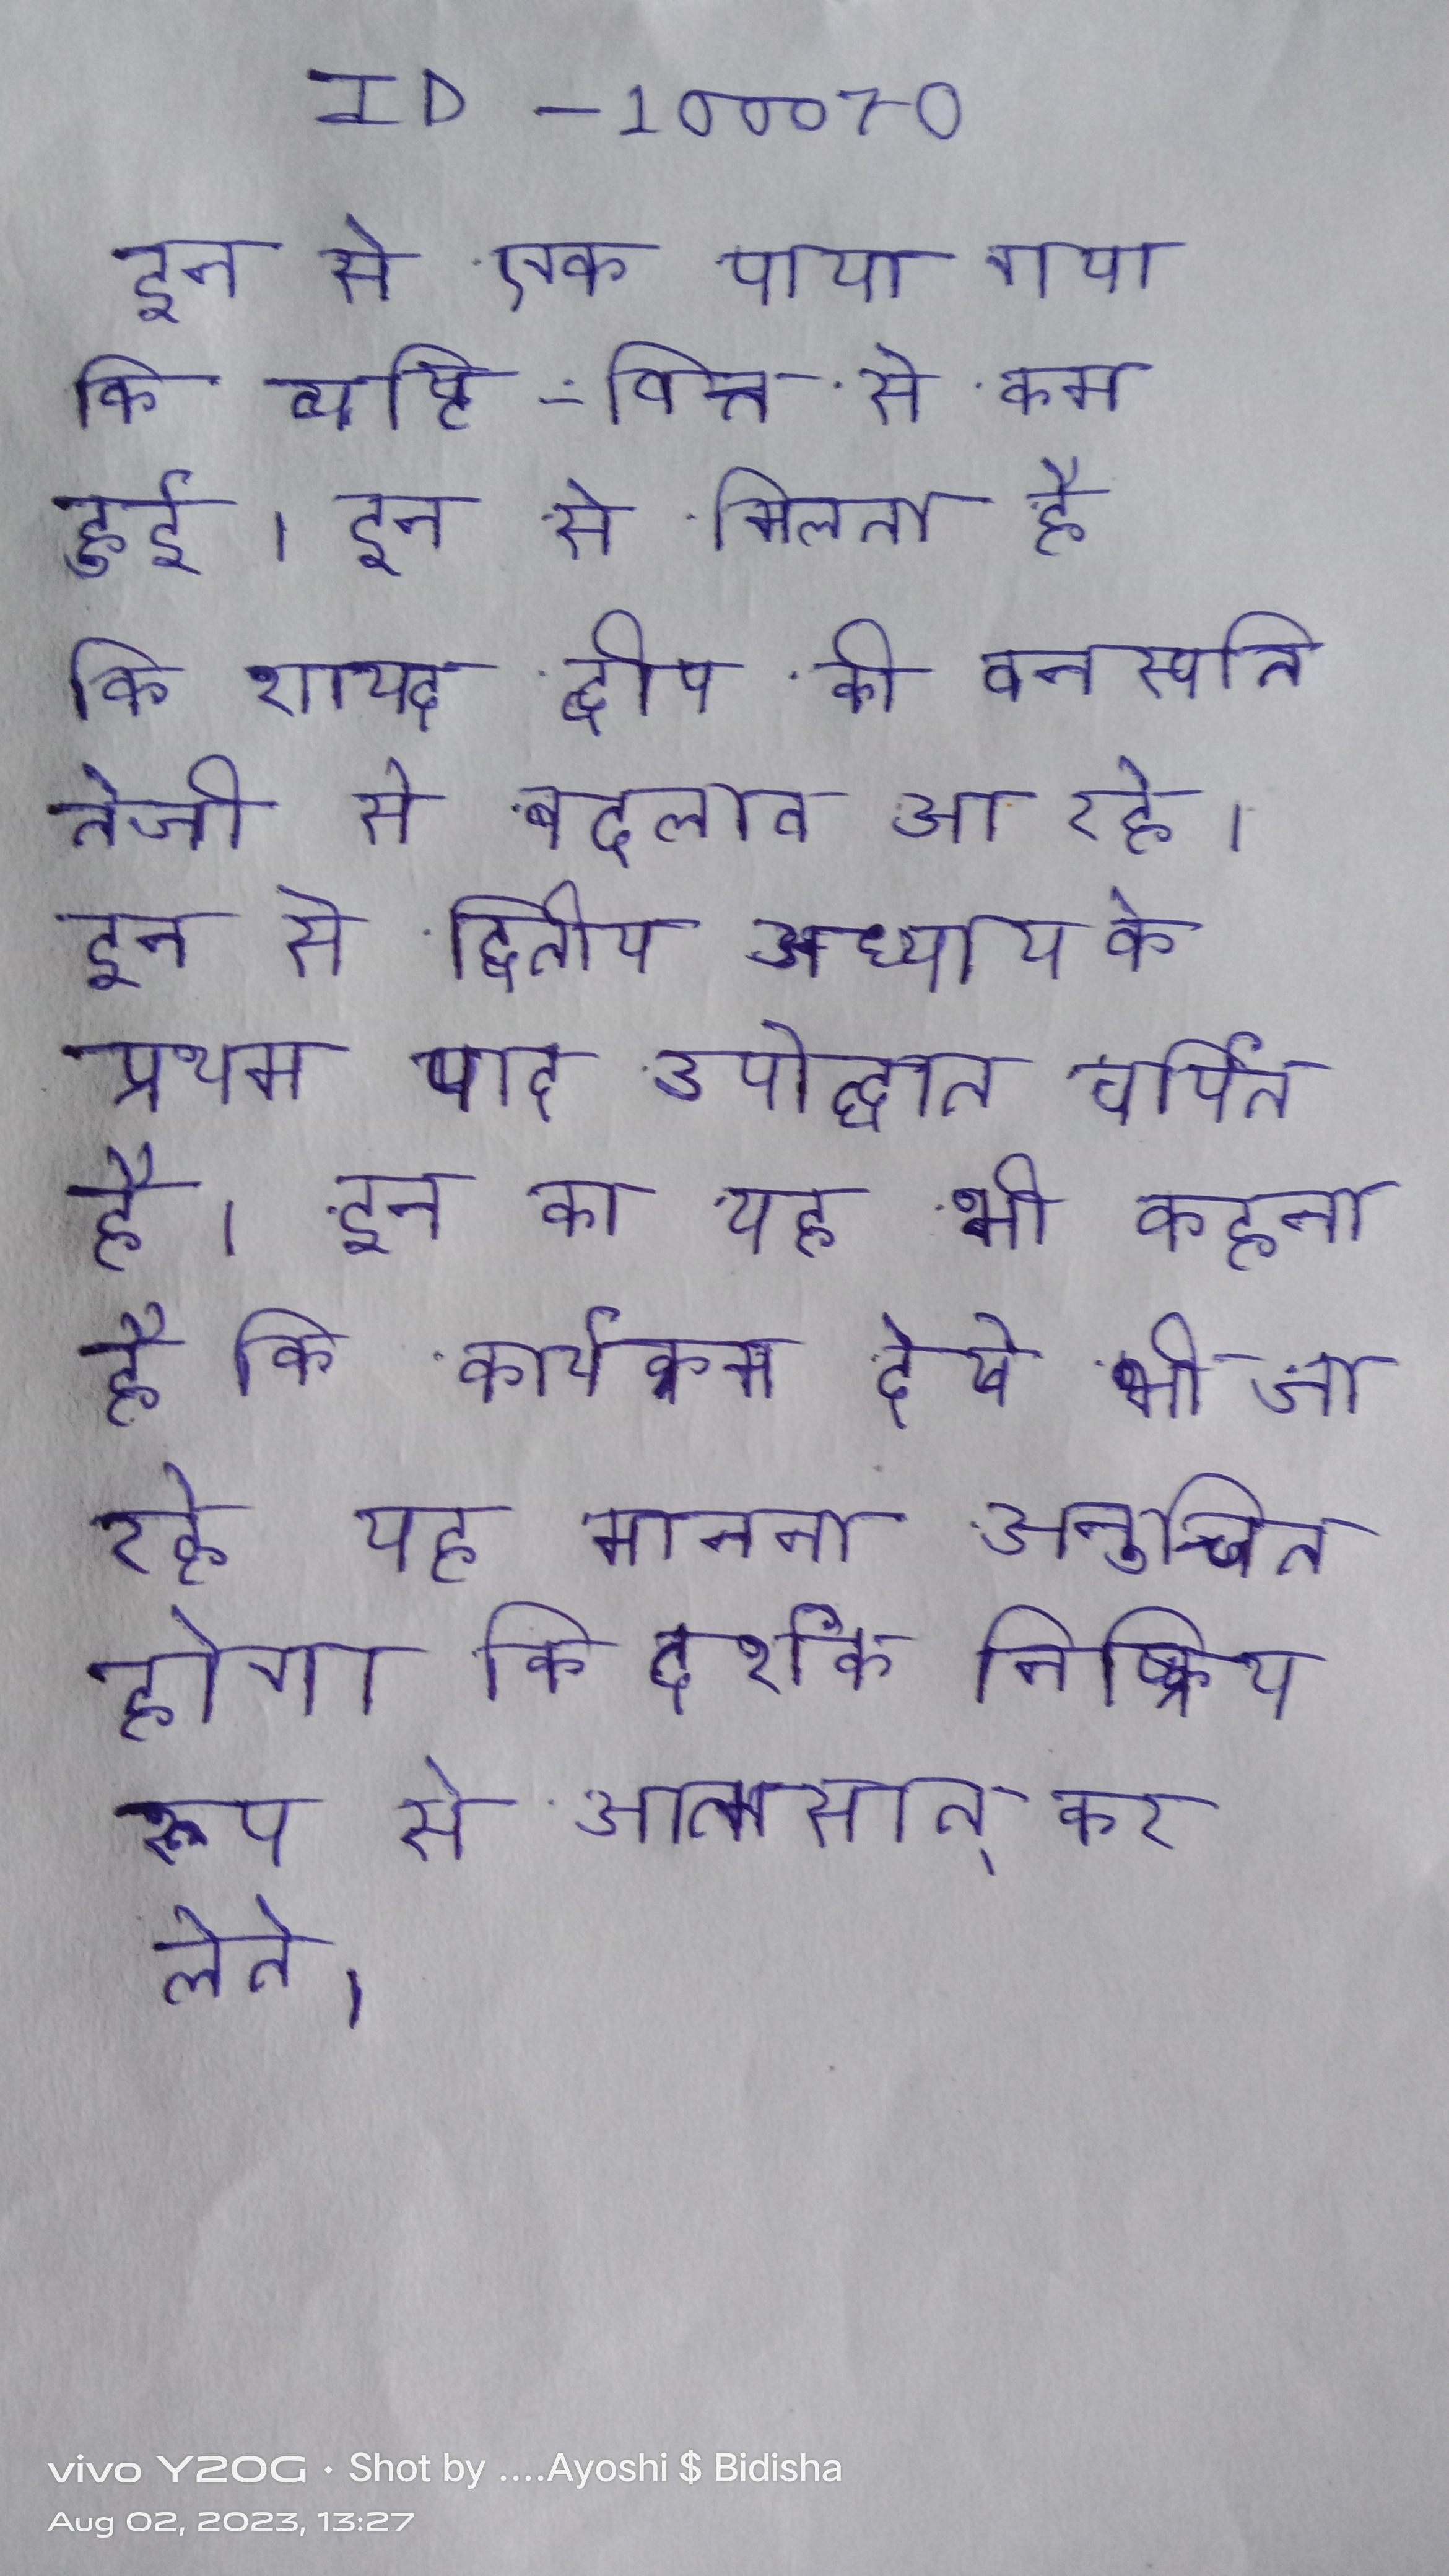
इन से एक पाया गया कि व्यष्टि-वित्त से कम हुई । इन से मिलता है कि शायद द्वीप की वनस्पति तेजी से बदलाव आ रहे । इन से द्वितीय अध्याय के प्रथम पाद उपोद्घात वर्णित है । इन का यह भी कहना है कि कार्यक्रम देखे भी जा रहे यह मानना अनुचित होगा कि दर्शक निष्क्रिय रूप से आत्मसात् कर लेते ।